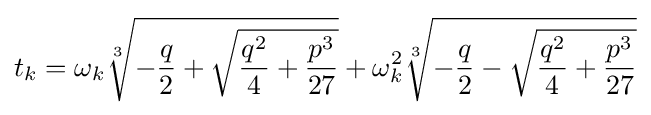
t_{k}=\omega _{k}{\sqrt[{3}]{-{q \over 2}+{\sqrt {{q^{2} \over 4}+{p^{3} \over 27}}}}}+\omega _{k}^{2}{\sqrt[{3}]{-{q \over 2}-{\sqrt {{q^{2} \over 4}+{p^{3} \over 27}}}}}